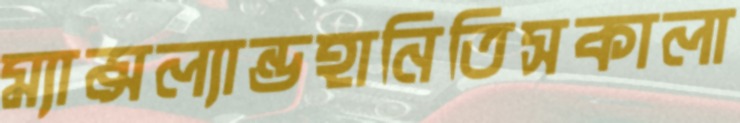
ম্যান্সল্যান্ডহানিতিসকালা